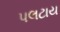
પલટાય